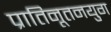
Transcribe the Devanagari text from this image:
प्रातिनूतनयुग